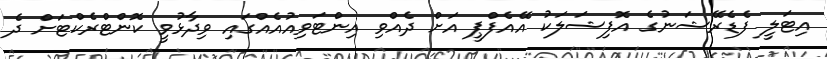
އިޓަލީ ފެޑެރޭޝަނުގެ އޮފިޝަލަކު އޭއެފްޕީ އަށް ދެއްވި އިންޓަވިއުއެއްގައި ވިދާޅުވީ ކޮންޓްރެކްޓަށް ދެ